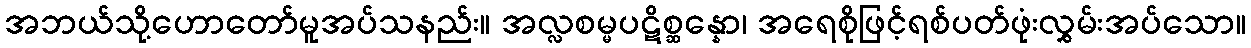
အဘယ်သို့ဟောတော်မူအပ်သနည်း။ အလ္လစမ္မပဋိစ္ဆန္နော၊ အရေစိုဖြင့်ရစ်ပတ်ဖုံးလွှမ်းအပ်သော။